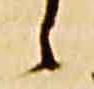
之